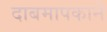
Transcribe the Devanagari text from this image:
दाबमापकाने